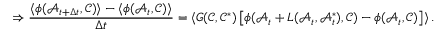
\Rightarrow \frac { \langle \phi ( \mathcal { A } _ { t + \Delta t } , \mathcal { C } ) \rangle - \langle \phi ( \mathcal { A } _ { t } , \mathcal { C } ) \rangle } { \Delta t } = \langle G ( \mathcal { C } , \mathcal { C } ^ { * } ) \left[ \phi ( \mathcal { A } _ { t } + L ( \mathcal { A } _ { t } , \mathcal { A } _ { t } ^ { * } ) , \mathcal { C } ) - \phi ( \mathcal { A } _ { t } , \mathcal { C } ) \right] \rangle \, .